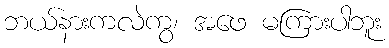
ဘယ်နားကလဲကွ၊ အဖေ မကြားပါဘူး